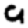
Digit: 9